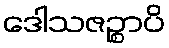
ဒေါသဇဉ္စာပိ